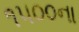
૧૫૦૦ના